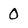
Character: 0